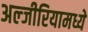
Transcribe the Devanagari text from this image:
अल्जीरियामध्ये